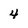
Character: 4